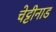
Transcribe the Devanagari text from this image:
चेट्टीनाड